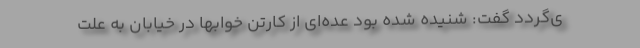
ی‌گردد گفت: شنیده شده بود عده‌ای از کارتن خوابها در خیابان به علت